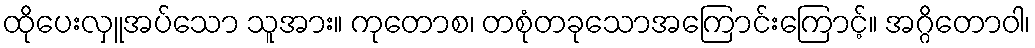
ထိုပေးလှူအပ်သော သူအား။ ကုတောစ၊ တစုံတခုသောအကြောင်းကြောင့်။ အဂ္ဂိတောဝါ၊